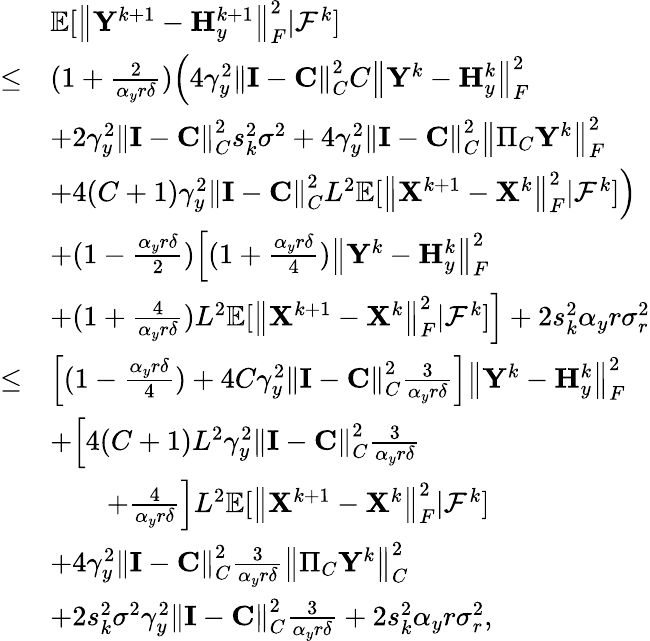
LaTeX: \begin{array}{rl}&{{\mathbb{E}}[\left\| {\mathbf{Y}}^{k+1}-{\mathbf{H}}_{y}^{k+1}\right\| _{F}^{2}\vert{\mathcal{F}}^{k}]}\\ {\leq}&{(1+\frac{2}{\alpha_{y}r\delta})\Big(4\gamma_{y}^{2}\left\| {\mathbf{I}}-{\mathbf{C}}\right\| _{C}^{2}C\left\| {\mathbf{Y}}^{k}-{\mathbf{H}}_{y}^{k}\right\| _{F}^{2}}\\ &{+2\gamma_{y}^{2}\left\| {\mathbf{I}}-{\mathbf{C}}\right\| _{C}^{2}s_{k}^{2}\sigma^{2}+4\gamma_{y}^{2}\left\| {\mathbf{I}}-{\mathbf{C}}\right\| _{C}^{2}\left\| \Pi_{C}{\mathbf{Y}}^{k}\right\| _{F}^{2}}\\ &{+4(C+1)\gamma_{y}^{2}\left\| {\mathbf{I}}-{\mathbf{C}}\right\| _{C}^{2}L^{2}{\mathbb{E}}[\left\| {\mathbf{X}}^{k+1}-{\mathbf{X}}^{k}\right\| _{F}^{2}\vert{\mathcal{F}}^{k}]\Big)}\\ &{+(1-\frac{\alpha_{y}r\delta}{2})\Big[(1+\frac{\alpha_{y}r\delta}{4})\left\| {\mathbf{Y}}^{k}-{\mathbf{H}}_{y}^{k}\right\| _{F}^{2}}\\ &{+(1+\frac{4}{\alpha_{y}r\delta})L^{2}{\mathbb{E}}[\left\| {\mathbf{X}}^{k+1}-{\mathbf{X}}^{k}\right\| _{F}^{2}\vert{\mathcal{F}}^{k}]\Big]+2s_{k}^{2}\alpha_{y}r\sigma_{r}^{2}}\\ {\leq}&{\left[(1-\frac{\alpha_{y}r\delta}{4})+4C\gamma_{y}^{2}\left\| {\mathbf{I}}-{\mathbf{C}}\right\| _{C}^{2}\frac{3}{\alpha_{y}r\delta}\right]\left\| {\mathbf{Y}}^{k}-{\mathbf{H}}_{y}^{k}\right\| _{F}^{2}}\\ &{+\Big[4(C+1)L^{2}\gamma_{y}^{2}\left\| {\mathbf{I}}-{\mathbf{C}}\right\| _{C}^{2}\frac{3}{\alpha_{y}r\delta}}\\ &{\qquad+\frac{4}{\alpha_{y}r\delta}\Big]L^{2}{\mathbb{E}}[\left\| {\mathbf{X}}^{k+1}-{\mathbf{X}}^{k}\right\| _{F}^{2}\vert{\mathcal{F}}^{k}]}\\ &{+4\gamma_{y}^{2}\left\| {\mathbf{I}}-{\mathbf{C}}\right\| _{C}^{2}\frac{3}{\alpha_{y}r\delta}\left\| \Pi_{C}{\mathbf{Y}}^{k}\right\| _{C}^{2}}\\ &{+2s_{k}^{2}\sigma^{2}\gamma_{y}^{2}\left\| {\mathbf{I}}-{\mathbf{C}}\right\| _{C}^{2}\frac{3}{\alpha_{y}r\delta}+2s_{k}^{2}\alpha_{y}r\sigma_{r}^{2},}\end{array}